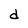
Character: d